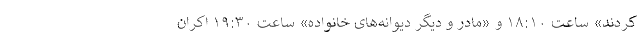
کردند» ساعت ۱۸:۱۰ و «مادر و دیگر دیوانه‌های خانواده» ساعت ۱۹:۳۰ اکران